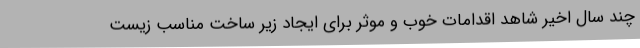
چند سال اخیر شاهد اقدامات خوب و موثر برای ایجاد زیر ساخت مناسب زیست